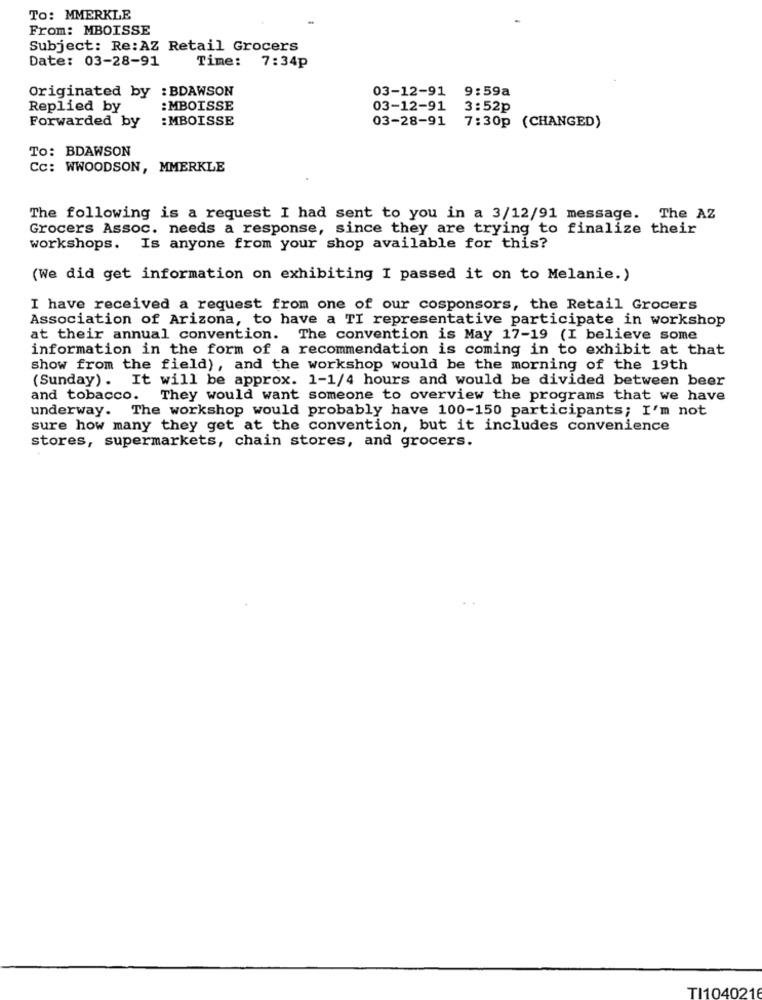
To: MMERKLE
From: MBOISSE
Subject: Re:AZ Retail Grocers
Date: 03-28-91
Time: 7:34p
Originated by : BDAWSON
03-12-91 9:59a
Replied by
: MBOISSE
03-12-91
3:52p
Forwarded by
: MBOISSE
03-28-91 7:30p (CHANGED)
To: BDAWSON
Cc: WWOODSON, MMERKLE
The following is a request I had sent to you in a 3/12/91 message. The AZ
Grocers Assoc. needs a response, since they are trying to finalize their
workshops. Is anyone from your shop available for this?
(We did get information on exhibiting I passed it on to Melanie.)
I have received a request from one of our cosponsors, the Retail Grocers
Association of Arizona, to have a TI representative participate in workshop
at their annual convention. The convention is May 17-19 (I believe some
information in the form of a recommendation is coming in to exhibit at that
show from the field), and the workshop would be the morning of the 19th
(Sunday). It will be approx. 1-1/4 hours and would be divided between beer
and tobacco.
They would want someone to overview the programs that we have
underway.
The workshop would probably have 100-150 participants; I'm not
sure how many they get at the convention, but it includes convenience
stores, supermarkets, chain stores, and grocers.
TI104021